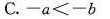
C. $$- a ＜ - b$$